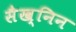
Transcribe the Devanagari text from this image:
सैख्निन